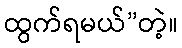
ထွက်ရမယ်”တဲ့။